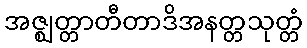
အဇ္ဈတ္တာတီတာဒိအနတ္တသုတ္တံ